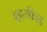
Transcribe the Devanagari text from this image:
बट्टरफिल्ड